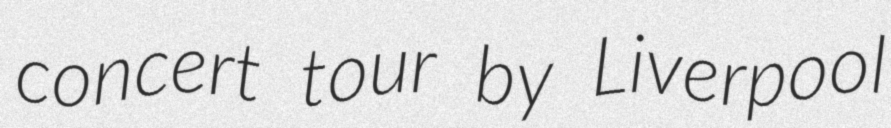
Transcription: concert tour by Liverpool